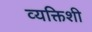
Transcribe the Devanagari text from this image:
व्यक्तिशी